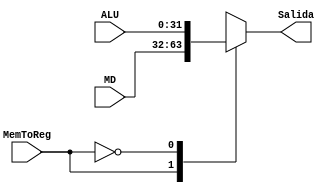
`timescale 1ns/1ns

module Mux(
	input MemToReg,
	input [31:0]MD, //Read data DatoS
	input [31:0]ALU, //ALU Salida

	output reg [31:0]Salida 
);

always @*
begin
	case(MemToReg)
	1'b1:
		begin
		Salida = MD;
		end
	1'b0:
		begin
		Salida = ALU;
		end
	endcase
end

endmodule